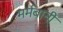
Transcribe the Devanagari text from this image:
मर्मबानी